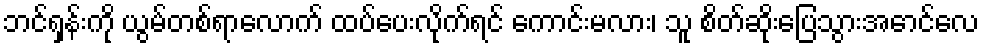
ဘင်ရှန်းကို ယွမ်တစ်ရာလောက် ထပ်ပေးလိုက်ရင် ကောင်းမလား၊ သူ စိတ်ဆိုးပြေသွားအောင်လေ